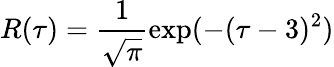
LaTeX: R(\tau)=\frac{1}{\sqrt{\pi}}\exp(-(\tau-3)^{2})